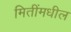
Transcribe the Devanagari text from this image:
मितींमधील